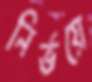
নির্ভয়ে